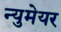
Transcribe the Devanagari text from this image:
न्युमेयर